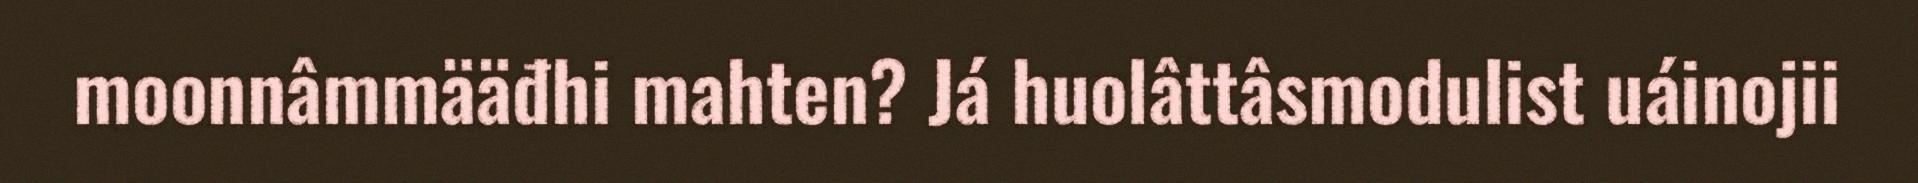
moonnâmmääđhi mahten? Já huolâttâsmodulist uáinojii